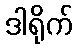
ဒါရိုက်